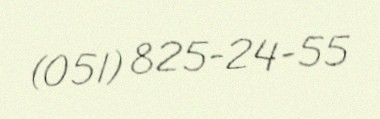
(051) 825-24-55